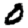
Digit: 0